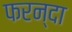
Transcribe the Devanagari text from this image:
फरन्दा